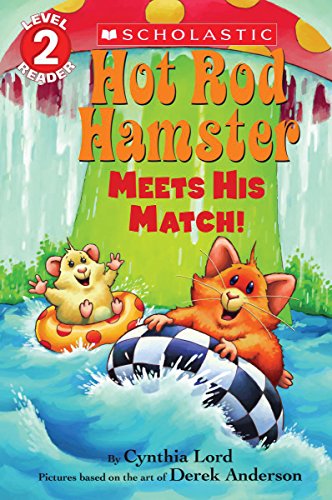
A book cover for Hot Rod Hamster Meets His Match! (Scholastic Reader, Level 2); Cynthia Lord; Children's Books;